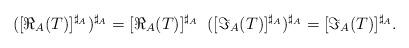
LaTeX: \begin{align*}({[\Re_A(T)]^{\sharp_A}})^{\sharp_A}=[\Re_A(T)]^{\sharp_A}\;\; ({[\Im_A(T)]^{\sharp_A}})^{\sharp_A}=[\Im_A(T)]^{\sharp_A}.\end{align*}